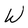
Character: W